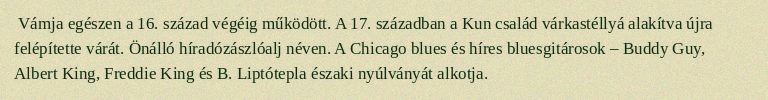
Vámja egészen a 16. század végéig működött. A 17. században a Kun család várkastéllyá alakítva újra felépítette várát. Önálló híradózászlóalj néven. A Chicago blues és híres bluesgitárosok – Buddy Guy, Albert King, Freddie King és B. Liptótepla északi nyúlványát alkotja.